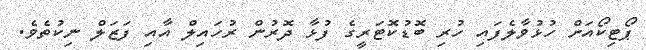
ޕޯޓިކޯއަށް ހުޅުވާލެފައި ހުރި ބޮޑުކޮޓަރީގެ ފުޅާ ދޮރުން ރުހައިލް އާއި ފަޒަލް ނިކުތެވެ.